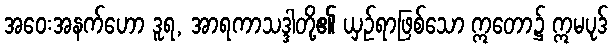
အဝေးအနက်ဟော ဒူရ, အာရကာသဒ္ဒါတို့၏ ယှဉ်ရာဖြစ်သော ဣတော၌ ဣမပုဒ်